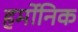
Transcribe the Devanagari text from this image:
हर्मोनिक